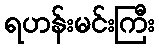
ရဟန်းမင်းကြီး